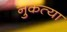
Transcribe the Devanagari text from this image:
नुकत्या